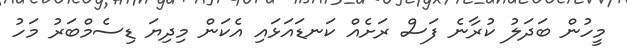
މީހުން ބަދަލު ކުރާނެ ފަސް ރަށެއް ކަނޑައަޅައި އެކަން މިދިޔަ ޑިސެމްބަރު މަހު